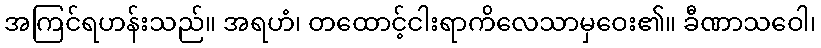
အကြင်ရဟန်းသည်။ အရဟံ၊ တထောင့်ငါးရာကိလေသာမှဝေး၏။ ခီဏာသဝေါ၊